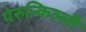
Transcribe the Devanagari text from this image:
पेरुन्किल्ली